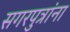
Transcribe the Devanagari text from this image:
सगरपुत्रांना